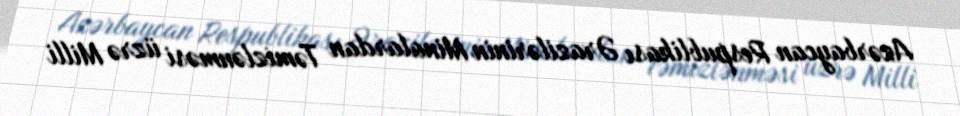
Azərbaycan Respublikası Ərazilərinin Minalardan Təmizlənməsi üzrə Milli